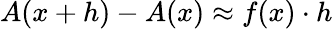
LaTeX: A(x+h)-A(x)\approx f(x)\cdot h